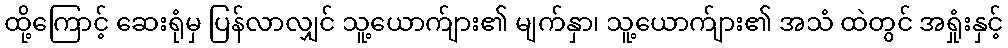
ထို့ကြောင့် ဆေးရုံမှ ပြန်လာလျှင် သူ့ယောက်ျား၏ မျက်နှာ၊ သူ့ယောက်ျား၏ အသံ ထဲတွင် အရှုံးနှင့်